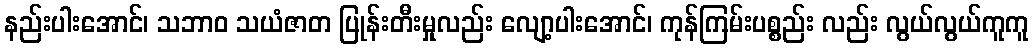
နည်းပါးအောင်၊ သဘာဝ သယံဇာတ ပြုန်းတီးမှုလည်း လျော့ပါးအောင်၊ ကုန်ကြမ်းပစ္စည်း လည်း လွယ်လွယ်ကူကူ